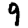
Digit: 9